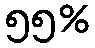
၅၅%